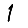
Digit: 1